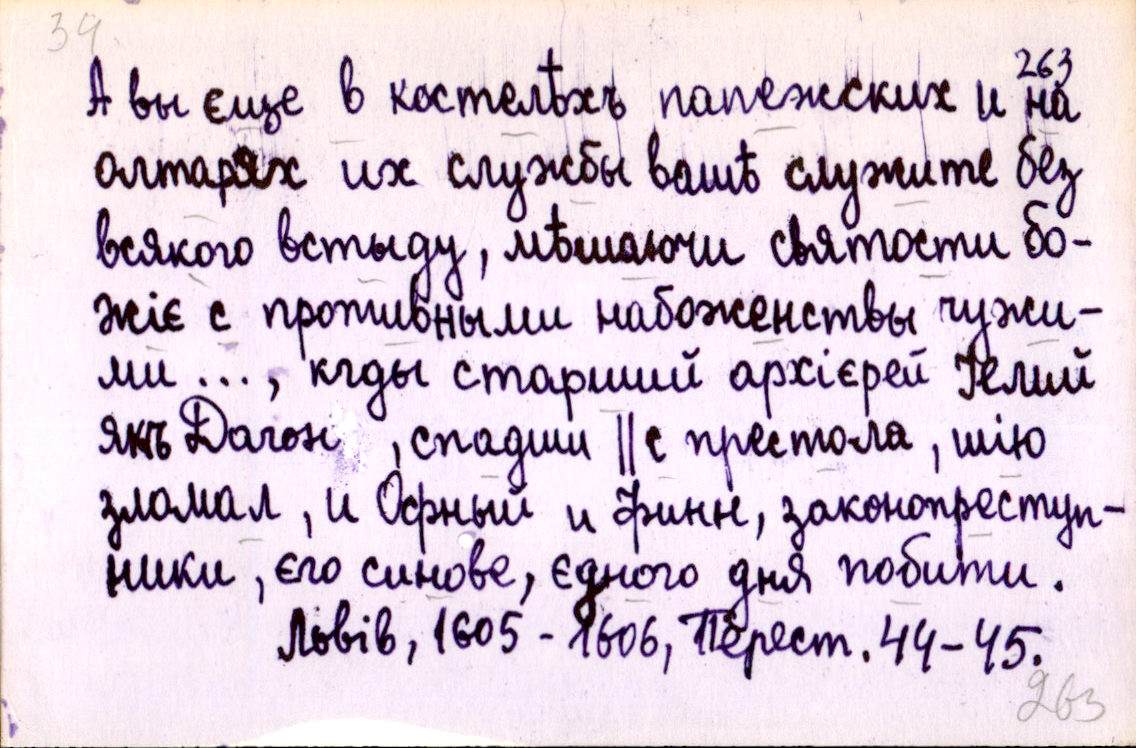
А вы єще в костелѣхъ папежских и на
олтарях их службы вашѣ служите без
всякого встыду, мѣшаючи святости бо-
жіє с противными набоженствы чужи-
ми …, кгды старший архієрей Іелий
якъ Дагон, спадши ║ с престола, шію
зломал, и Офный и Финн, законопреступ-
ники, єго синове, єдного дня побити.
Львів, 1605 - 1606, Перест. 44-45.